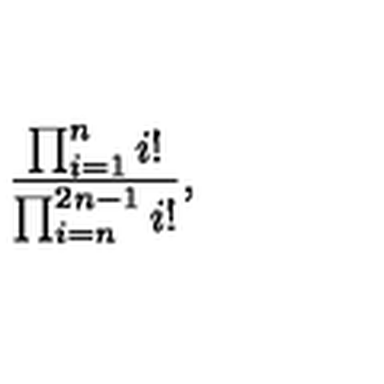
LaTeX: { \frac { \prod _ { i = 1 } ^ { n } i ! } { \prod _ { i = n } ^ { 2 n - 1 } i ! } } ,